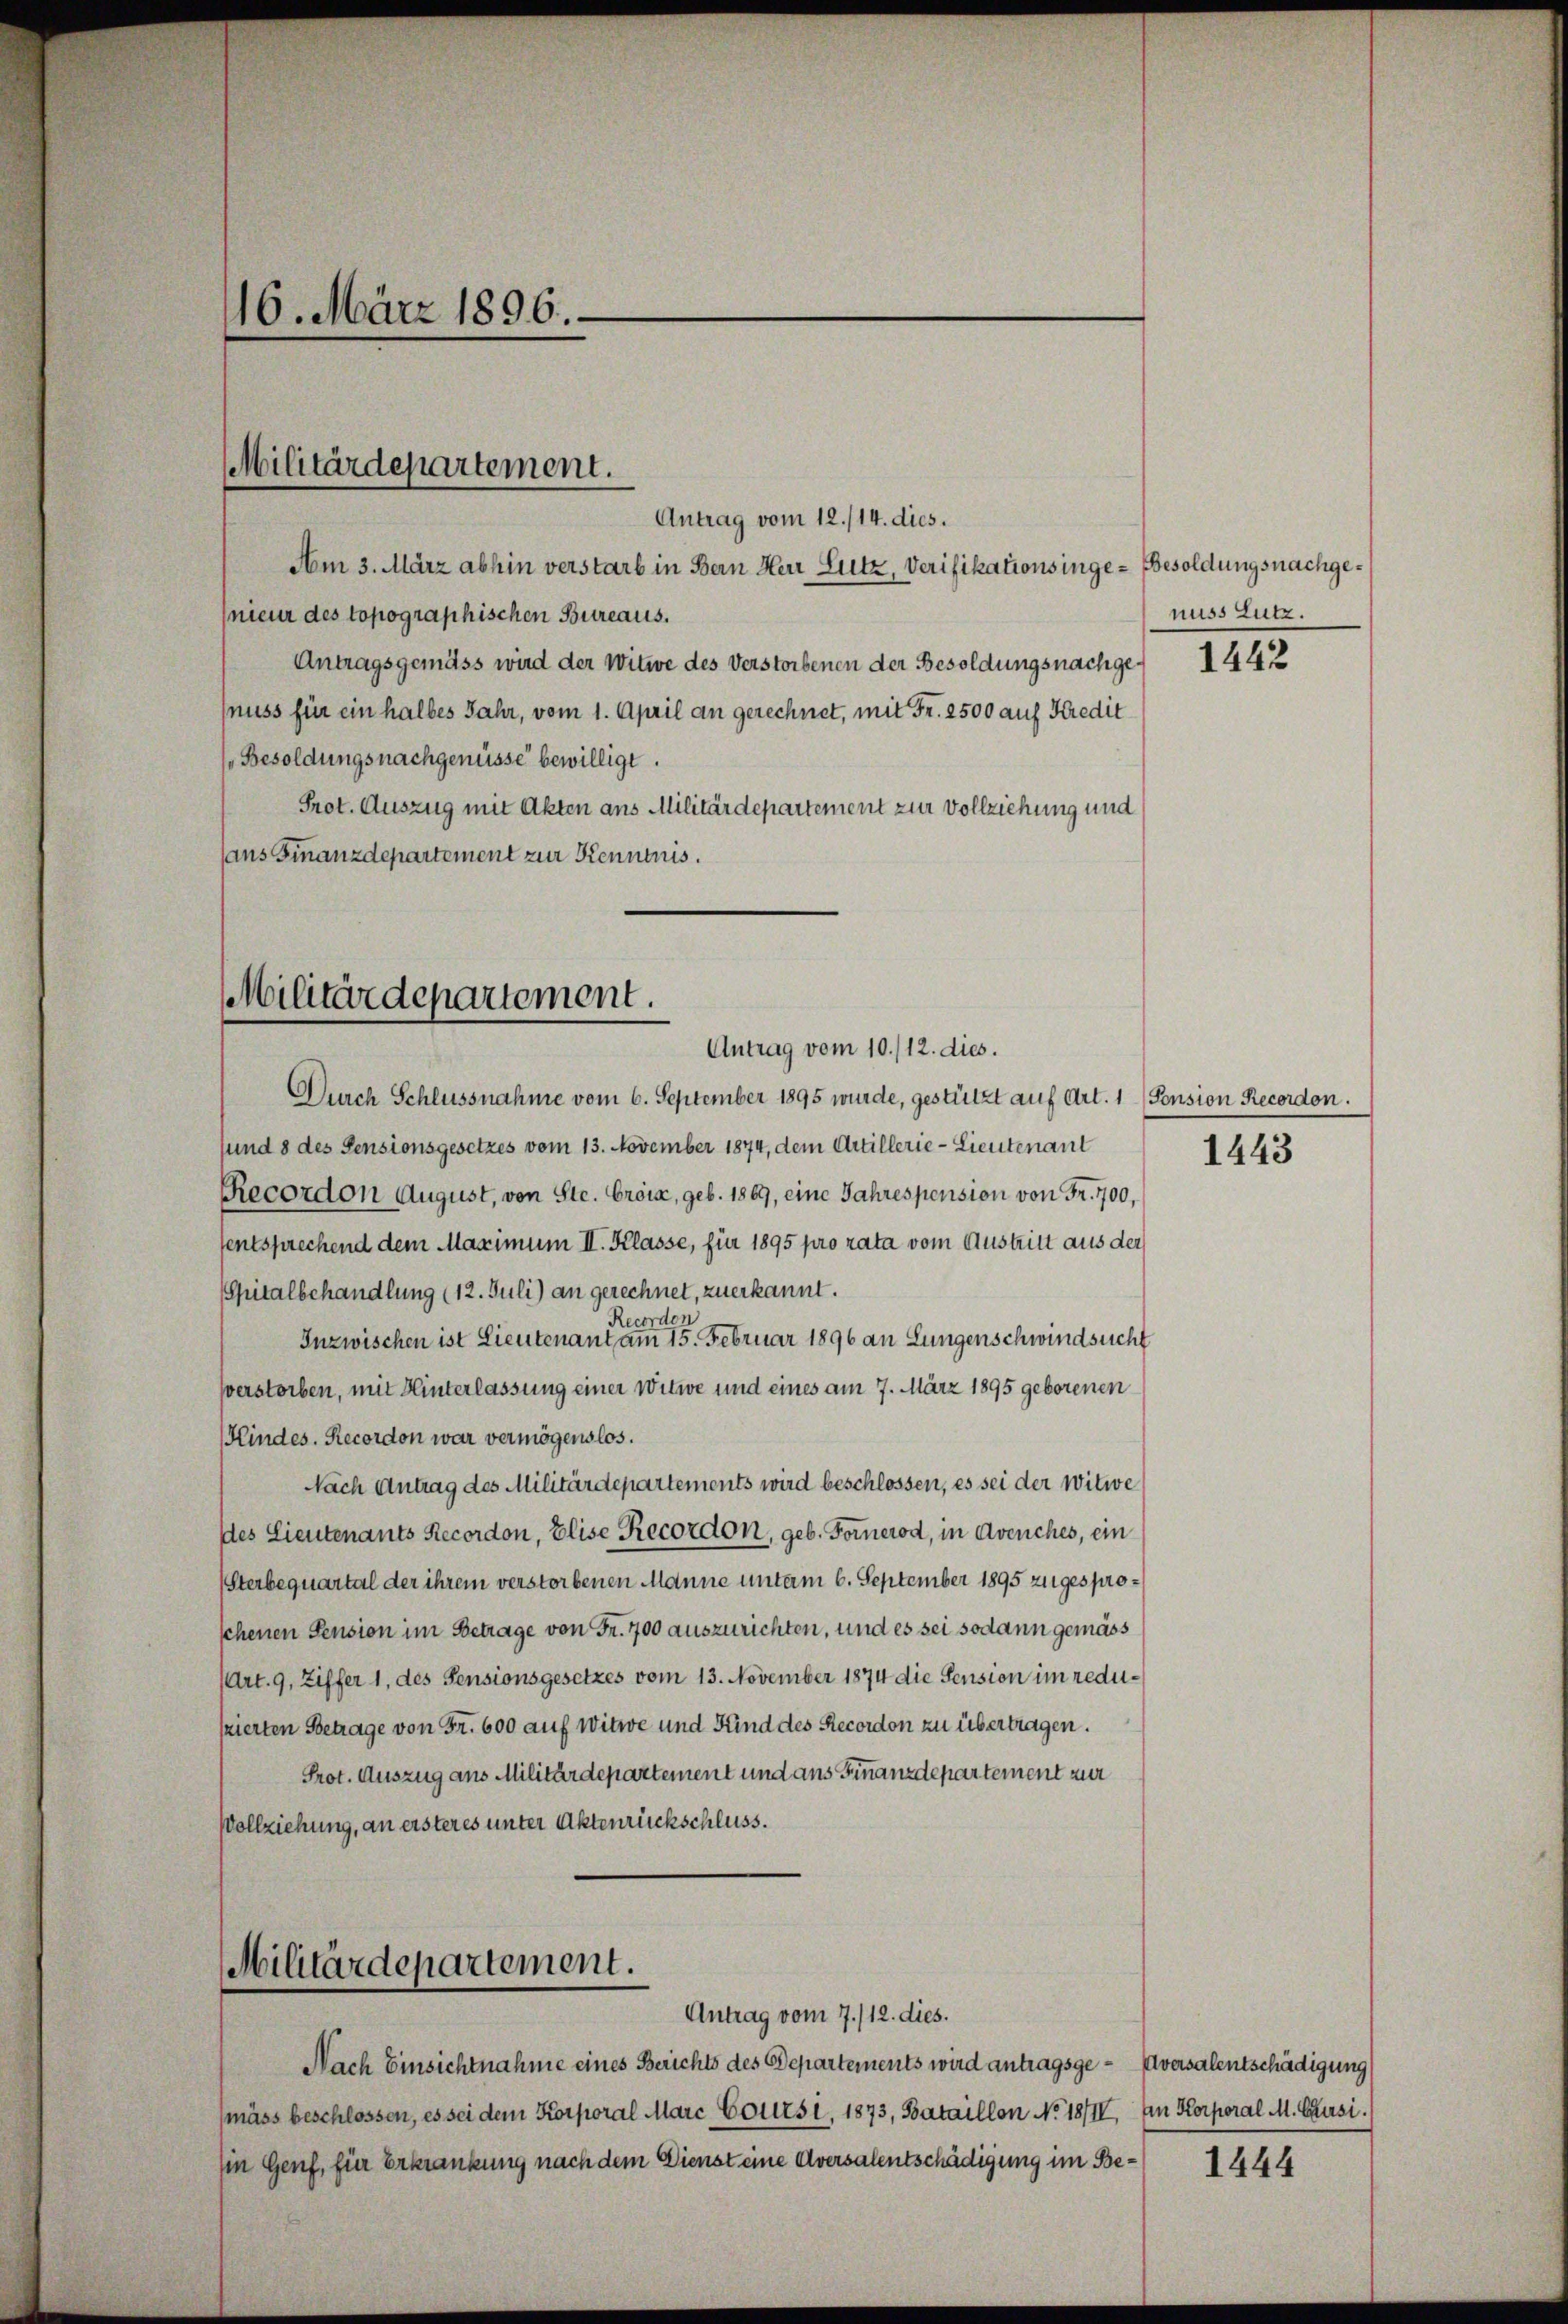
Antrag vom 12./14. dies.
Am 3. März abhin verstarb in Bern Herr Lutz, Verifikationsinge- Besoldungsnachgenieur des topographischen Bureaus.
Antragsgemäss wird der Witwe des Verstorbenen der Besoldungsnachgenuss für ein halbes Jahr, vom 1. April an gerechnet, mit Fr. 2500 auf Kredit
Besoldungsnachgenüsse bewilligt.
Prot. Auszug mit Akten ans Militärdepartement zur Vollziehung und
ans Finanzdepartement zur Kenntnis.

Durch Schlussnahme vom 6. September 1895 wurde, gestützt auf Art. 1 (Ponsion Recordon.
sund 8 des Pensionsgesetzes vom 13. November 1874, dem Artillerie-Lieutenant
Recordon August, von Ste. Croix, geb. 1869, eine Jahrespension von Fr. 700,
sentsprechend dem Maximum II. Klasse, für 1895 pro rata vom Austritt aus der
Spitalbehandlung (12. Juli) an gerechnet, zuerkannt.
Recorden
Inzwischen ist Lieutenant am 15. Februar 1896 an Lungenschwindsucht
verstorben, mit Hinterlassung einer Witwe und eines am 7. März 1895 geborenen
Kindes. Recordon war vermögenslos.
Nach Antrag des Militärdepartements wird beschlossen, es sei der Witwe
des Lieutenants Recordon, Elise Recordon, geb. Fornerod, in Avenches, ein
Sterbequartal der ihrem verstorbenen Manne unterm 6. September 1895 zugesproschenen Pension im Betrage von Fr. 700 auszurichten, und es sei sodann gemäss
(Art. 9, Ziffer 1, des Pensionsgesetzes vom 13. November 1874 die Pension im redusierten Betrage von Fr. 600 auf Witwe und Kind des Recordon zu übertragen.
Prot. Auszug aus Militärdepartement und aus Finanzdepartement zur
Vollziehung, an ersteres unter Aktenrückschluss.

116. März 1896.

Militärdepartement.

Militärdepartement.
Antrag vom 10./12. dies.

Militärdepartement.
Antrag vom 7./12. dies.

Nach Einsichtnahme eines Berichts des Departements wird antragsge- Aversalentschädigung
mäss beschlossen, es sei dem Korporal Marc Coursi, 1873, Bataillon No 18/IV, Ein Korporal M. Cursi.
Ein Genf, für Erkrankung nach dem Dienst eine Aversalentschädigung im Be¬

nuss Zutz.

1442

1443

1444